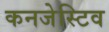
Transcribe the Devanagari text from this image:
कनजेस्टिव